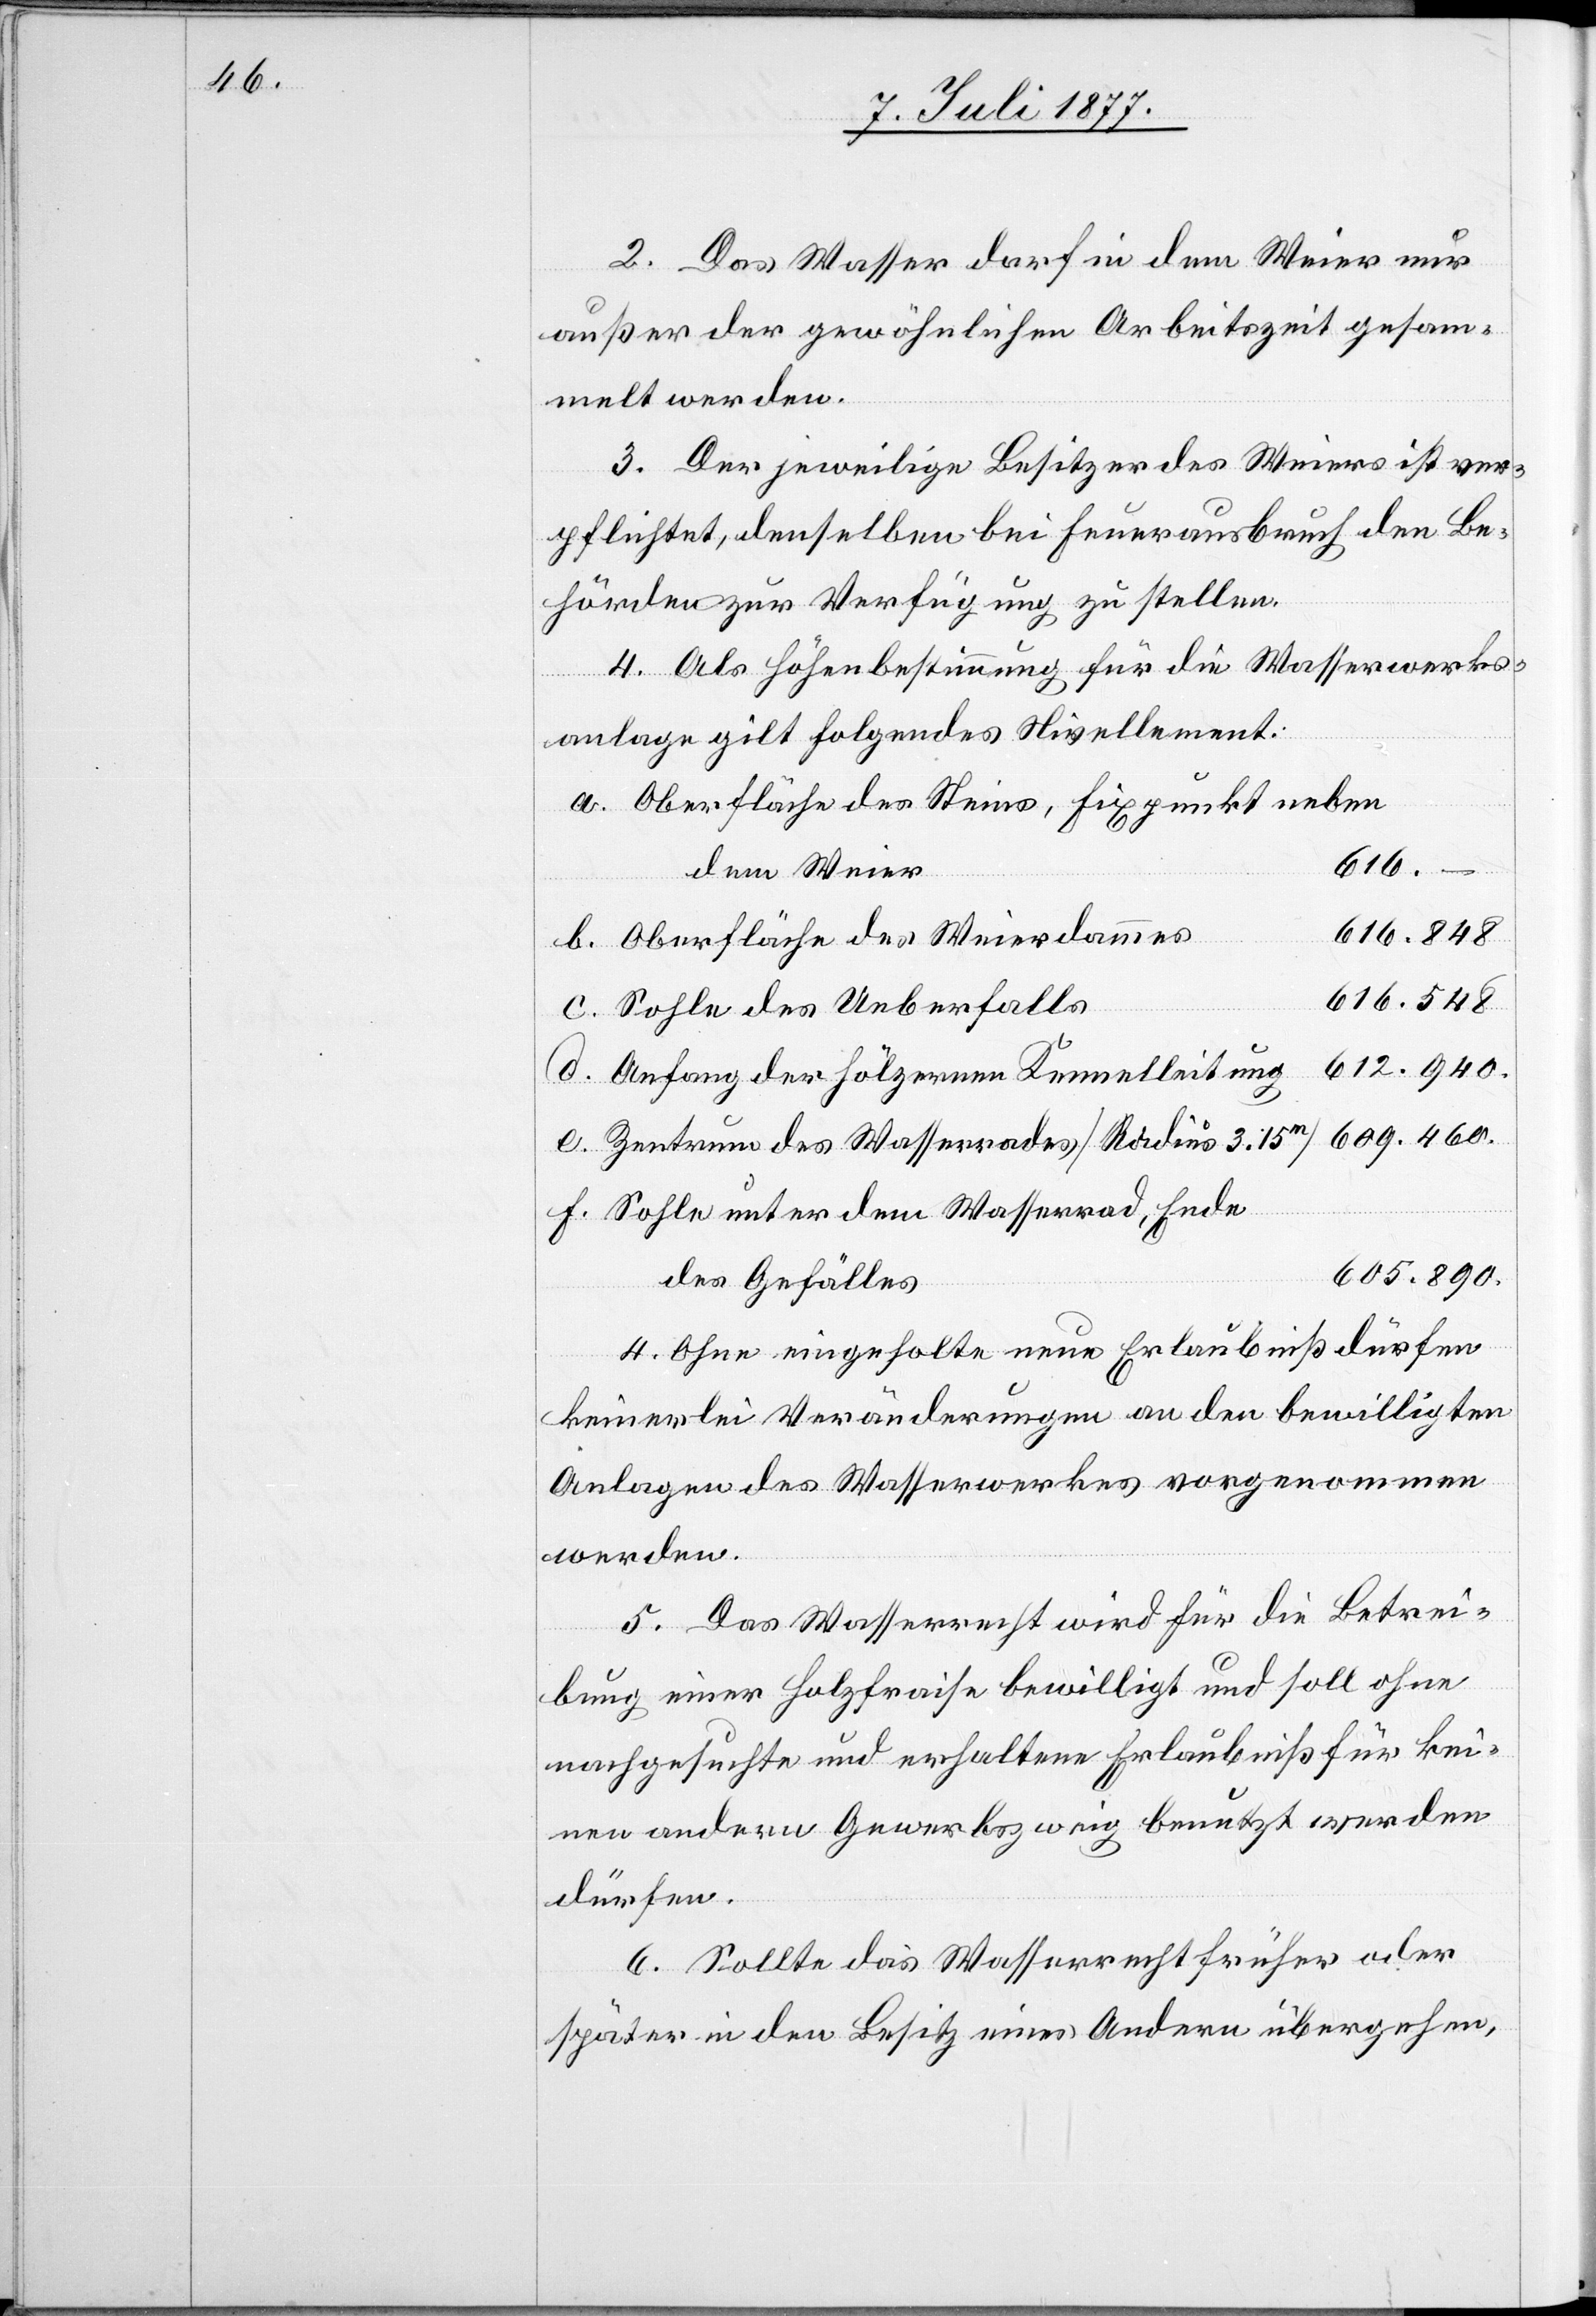
2. Das Wasser darf in dem Weier nur
4.
außer der gewöhnlichen Arbeitszeit gesam¬
melt werden.
3. Der jeweilige Besitzer des Weiers ist ver¬
pflichtet, denselben bei Feuerausbruch den Be¬
hörden zur Verfügung zu stellen.
4. Als Höhenbestimmung für die Wasserwerks¬
Wasserrades
anlage gilt folgendes Nivellement:
Oberfläche des Steins, Fixpunkt neben
a.
609.460.
f.
dem Weier
Oberfläche des Weierdammes
616.548
Sohle des Ueberfalls
612.940.
Anfang der hölzernen Kennelleitung
Sohle unter dem Wasserrad, Ende
605.890.
des Gefälles
5.] Ohne eingeholte neue Erlaubniß dürfen
keinerlei Veränderungen an den bewilligten
Anlagen des Wasserwerkes vorgenommen
werden.
5. Das Wasserrecht wird für die Betrei¬
bung einer Holzfraise bewilligt und soll ohne
nachgesuchte und erhaltene Erlaubniß für kei¬
nen andern Gewerbszweig benutzt werden
dürfen.
6. Sollte das Wasserrecht früher oder
später in den Besitz eines Andern übergehen,